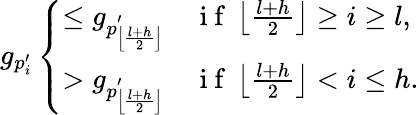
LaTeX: g_{p_{i}^{\prime}}\left\{ \begin{array}{ll}{\leq g_{p_{\left\lfloor\frac{l+h}{2}\right\rfloor}^{\prime}}\quad\mathrm{~i~f~}\left\lfloor\frac{l+h}{2}\right\rfloor\ge i\ge l,}\\ {>g_{p_{\left\lfloor\frac{l+h}{2}\right\rfloor}^{\prime}}\quad\mathrm{~i~f~}\left\lfloor\frac{l+h}{2}\right\rfloor<i\leq h.}\end{array}\right.